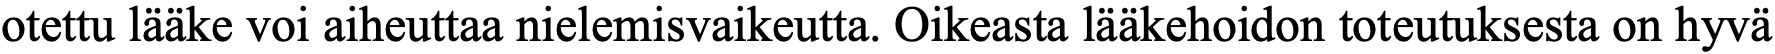
otettu lääke voi aiheuttaa nielemisvaikeutta. Oikeasta lääkehoidon toteutuksesta on hyvä